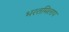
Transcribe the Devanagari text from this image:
भरतमिलाप